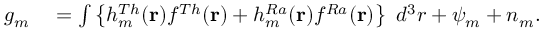
\begin{array} { r l } { g _ { m } } & { { } = \int \left\{ h _ { m } ^ { T h } ( \mathbf { r } ) f ^ { T h } ( \mathbf { r } ) + h _ { m } ^ { R a } ( \mathbf { r } ) f ^ { R a } ( \mathbf { r } ) \right\} ~ d ^ { 3 } r + \psi _ { m } + n _ { m } . } \end{array}